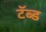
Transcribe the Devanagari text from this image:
टॅब्ड